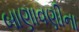
બાણાવણીના